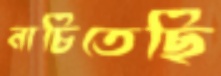
নাচিতেছি